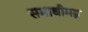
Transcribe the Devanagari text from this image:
समाधीमग्न